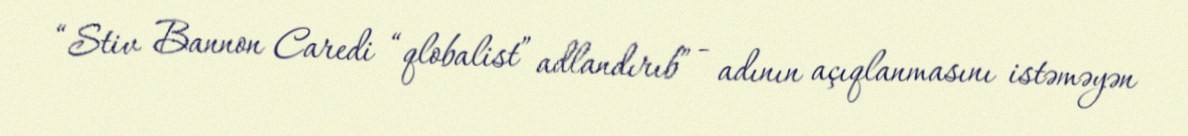
“Stiv Bannon Caredi “qlobalist” adlandırıb” - adının açıqlanmasını istəməyən